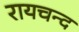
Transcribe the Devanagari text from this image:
रायचन्द